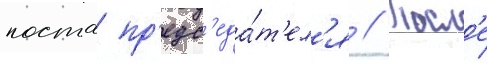
поста пр'едс'еда́т'ел'я // Посл'е